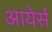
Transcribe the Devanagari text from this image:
आयेर्स